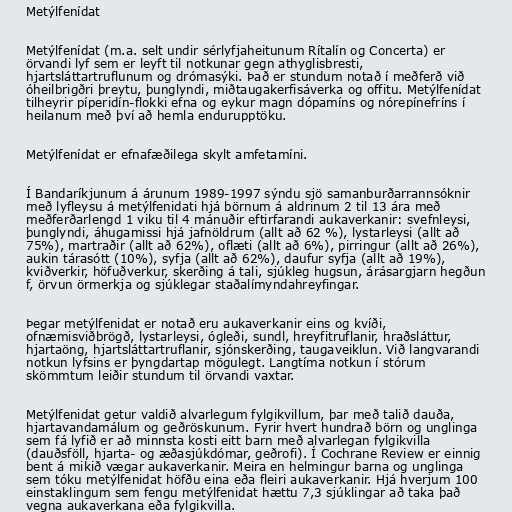
Metýlfenídat

Metýlfenídat (m.a. selt undir sérlyfjaheitunum Rítalín og Concerta) er
örvandi lyf sem er leyft til notkunar gegn athyglisbresti,
hjartsláttartruflunum og drómasýki. Það er stundum notað í meðferð við
óheilbrigðri þreytu, þunglyndi, miðtaugakerfisáverka og offitu. Metýlfenídat
tilheyrir píperidín-flokki efna og eykur magn dópamíns og nórepínefríns í
heilanum með því að hemla endurupptöku.

Metýlfenídat er efnafæðilega skylt amfetamíni.

Í Bandaríkjunum á árunum 1989-1997 sýndu sjö samanburðarrannsóknir
með lyfleysu á metýlfenidati hjá börnum á aldrinum 2 til 13 ára með
meðferðarlengd 1 viku til 4 mánuðir eftirfarandi aukaverkanir: svefnleysi,
þunglyndi, áhugamissi hjá jafnöldrum (allt að 62 %), lystarleysi (allt að
75%), martraðir (allt að 62%), oflæti (allt að 6%), pirringur (allt að 26%),
aukin tárasótt (10%), syfja (allt að 62%), daufur syfja (allt að 19%),
kviðverkir, höfuðverkur, skerðing á tali, sjúkleg hugsun, árásargjarn hegðun
f, örvun örmerkja og sjúklegar staðalímyndahreyfingar.

Þegar metýlfenidat er notað eru aukaverkanir eins og kvíði,
ofnæmisviðbrögð, lystarleysi, ógleði, sundl, hreyfitruflanir, hraðsláttur,
hjartaöng, hjartsláttartruflanir, sjónskerðing, taugaveiklun. Við langvarandi
notkun lyfsins er þyngdartap mögulegt. Langtíma notkun í stórum
skömmtum leiðir stundum til örvandi vaxtar.

Metýlfenidat getur valdið alvarlegum fylgikvillum, þar með talið dauða,
hjartavandamálum og geðröskunum. Fyrir hvert hundrað börn og unglinga
sem fá lyfið er að minnsta kosti eitt barn með alvarlegan fylgikvilla
(dauðsföll, hjarta- og æðasjúkdómar, geðrofi). Í Cochrane Review er einnig
bent á mikið vægar aukaverkanir. Meira en helmingur barna og unglinga
sem tóku metýlfenidat höfðu eina eða fleiri aukaverkanir. Hjá hverjum 100
einstaklingum sem fengu metýlfenidat hættu 7,3 sjúklingar að taka það
vegna aukaverkana eða fylgikvilla.